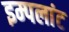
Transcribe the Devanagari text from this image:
इम्पलांट